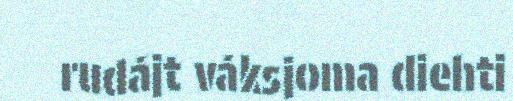
rudájt váksjoma diehti